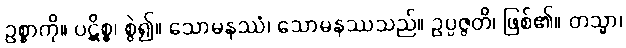
ဥစ္စာကို။ ပဋိစ္စ၊ စွဲ၍။ သောမနဿံ၊ သောမနဿသည်။ ဥပ္ပဇ္ဇတိ၊ ဖြစ်၏။ တသ္မာ၊